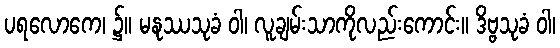
ပရလောကေ၊ ၌။ မနုဿသုခံ ဝါ၊ လူချမ်းသာကိုလည်းကောင်း။ ဒိဗ္ဗသုခံ ဝါ၊